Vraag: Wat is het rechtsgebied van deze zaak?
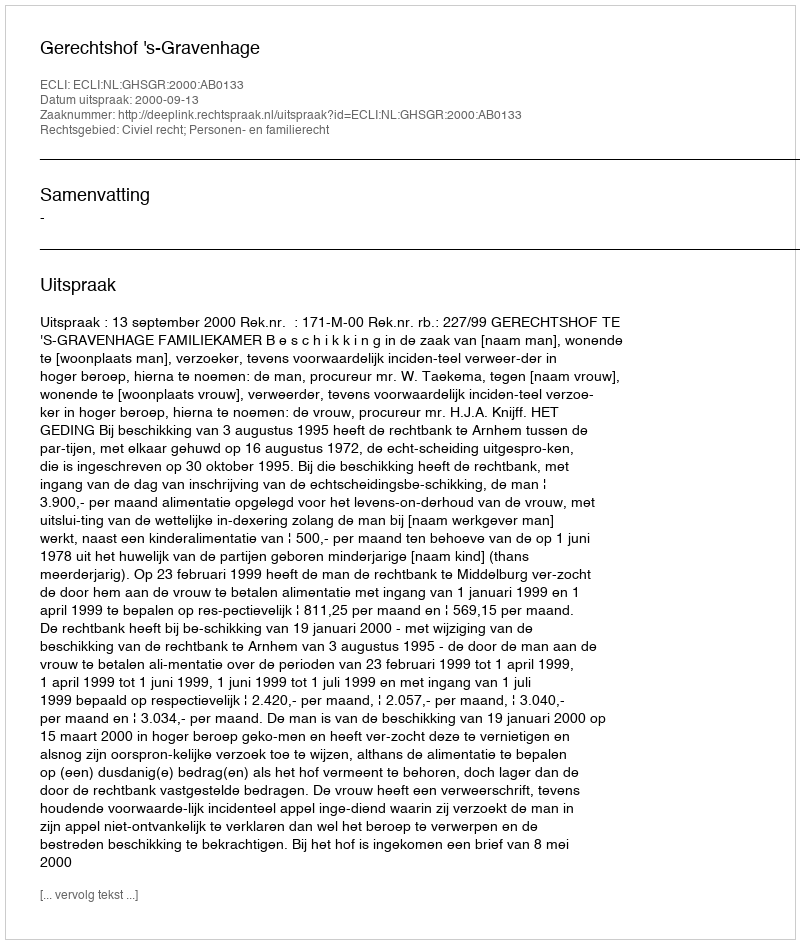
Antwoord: Civiel recht; Personen- en familierecht